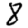
Digit: 8